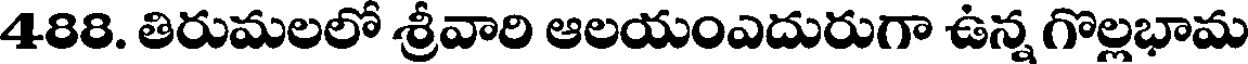
488. తిరుమలలో శ్రీవారి ఆలయంఎదురుగా ఉన్న గొల్లభామ